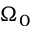
\Omega _ { 0 }